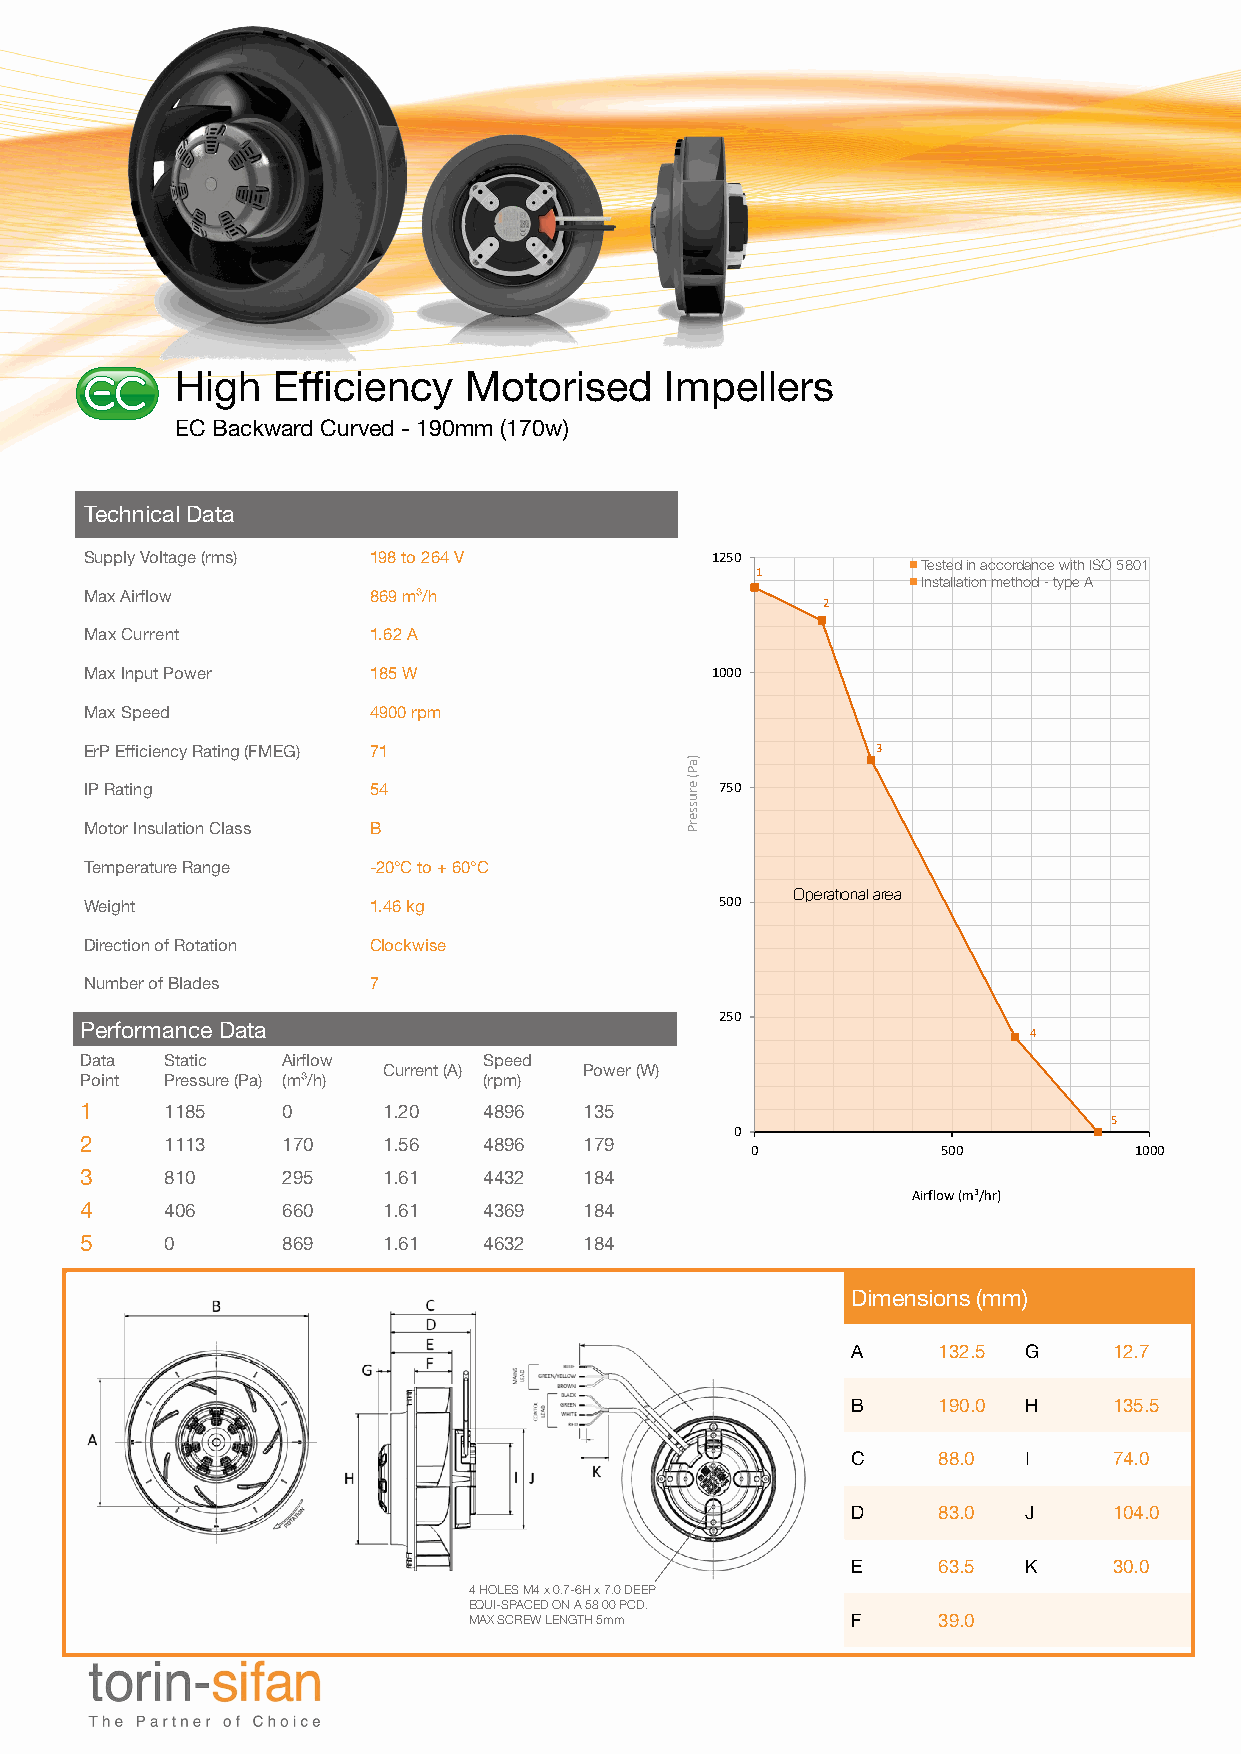
High  Efficiency   Motorised    Impellers
 Description:                   Graph File Reference
 EC Backward Curved - 190mm (170w) Part Number: Graph  Shaded Area Graph
 Test Power Supply:
 Part Number or Description Here (Cell A4)
 Technical Data
 Supply Voltage (rms) 198 to 264 V        1250
 Tested in accordance with ISO 5801
 1
 Installation method - type A
 Max Airflow       869 m³/h
 2
 Max Current       1.62 A
 Max Input Power   185 W                  1000
 Max Speed         4900 rpm
 ErP Efficiency Rating (FMEG) 71                     3
 IP Rating         54                      750
 Motor Insulation Class B
 Temperature Range -20°C to + 60°C
 Operational area
 Weight            1.46 kg                 500
 Direction of Rotation Clockwise
 Number of Blades  7
 250
 Performance Data
 4
 Data  Static  Airflow      Speed
 Current (A)   Power (W)
 Point Pressure (Pa) (m³/h) (rpm)
 1     1185    0     1.20   4896   135
 5
 0
 2     1113    170   1.56   4896   179
 0           500          1000
 3     810     295   1.61   4432   184
 Airflow (m3/hr)
 4     406     660   1.61   4369   184
 5     0       869   1.61   4632   184
 Dimensions (mm)
 A     132.5 G     12.7
 B     190.0 H     135.5
 C     88.0  I     74.0
 D     83.0  J     104.0
 E     63.5  K     30.0
 4 HOLES M4 x 0.7-6H x 7.0 DEEP
 EQUI-SPACED ON A 58 00 PCD.
 MAX SCREW LENGTH 5mm     F     39.0
 )aP(
 erusserP